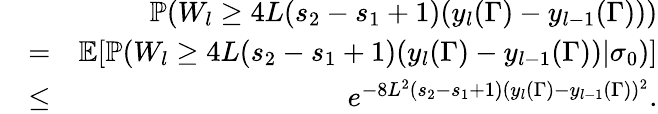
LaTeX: \begin{array}{rlr}&{}&{\mathbb{P}(W_{l}\geq 4L(s_{2}-s_{1}+1)(y_{l}(\Gamma)-y_{l-1}(\Gamma)))}\\ &{=}&{\mathbb{E}[\mathbb{P}(W_{l}\geq 4L(s_{2}-s_{1}+1)(y_{l}(\Gamma)-y_{l-1}(\Gamma))|\sigma_{0})]}\\ &{\leq}&{e^{-8L^{2}(s_{2}-s_{1}+1)(y_{l}(\Gamma)-y_{l-1}(\Gamma))^{2}}.}\end{array}